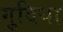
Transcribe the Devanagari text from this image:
गुदिया